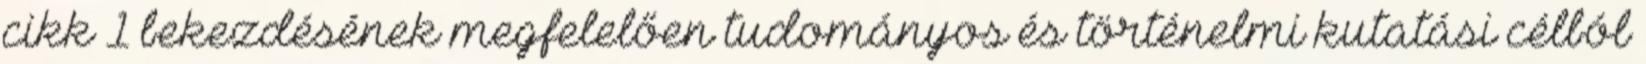
cikk 1 bekezdésének megfelelően tudományos és történelmi kutatási célból